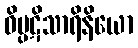
ဝိပ္ပဋိသာရိနိယော